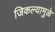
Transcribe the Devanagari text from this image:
जिकल्यामुळे